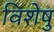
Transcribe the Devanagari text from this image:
विशेषु